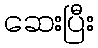
ဆေးပြီး